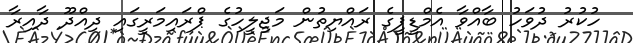
ހުކުރު ދުވަހު ބާއްވާ އެމްޑީޕީގެ ރައްޔިތުން މަޖިލީހުގެ ޕްރައިމަރީގައި ދިއްދޫ ދާއިރާ